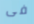
فى